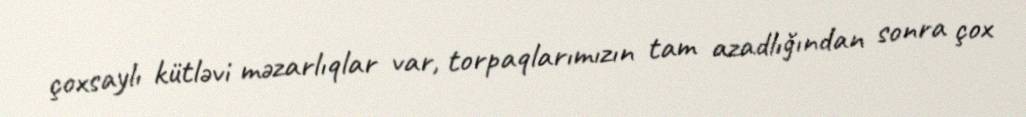
çoxsaylı kütləvi məzarlıqlar var, torpaqlarımızın tam azadlığından sonra çox